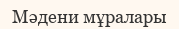
Мәдени мұралары